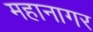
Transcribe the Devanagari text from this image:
महानागर